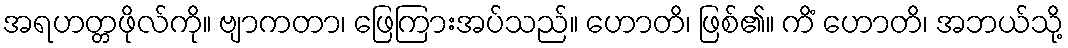
အရဟတ္တဖိုလ်ကို။ ဗျာကတာ၊ ဖြေကြားအပ်သည်။ ဟောတိ၊ ဖြစ်၏။ ကိံ ဟောတိ၊ အဘယ်သို့